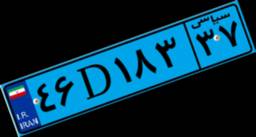
۴۶D۱۸۳۳۷